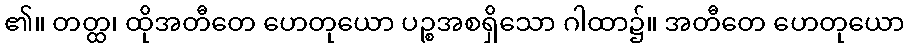
၏။ တတ္ထ၊ ထိုအတီတေ ဟေတုယော ပဉ္စအစရှိသော ဂါထာ၌။ အတီတေ ဟေတုယော